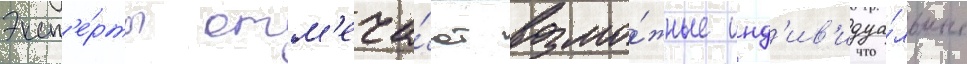
Эксп'е́рты отм'еча́ют возмо́жные инд'ив'идуа́льные